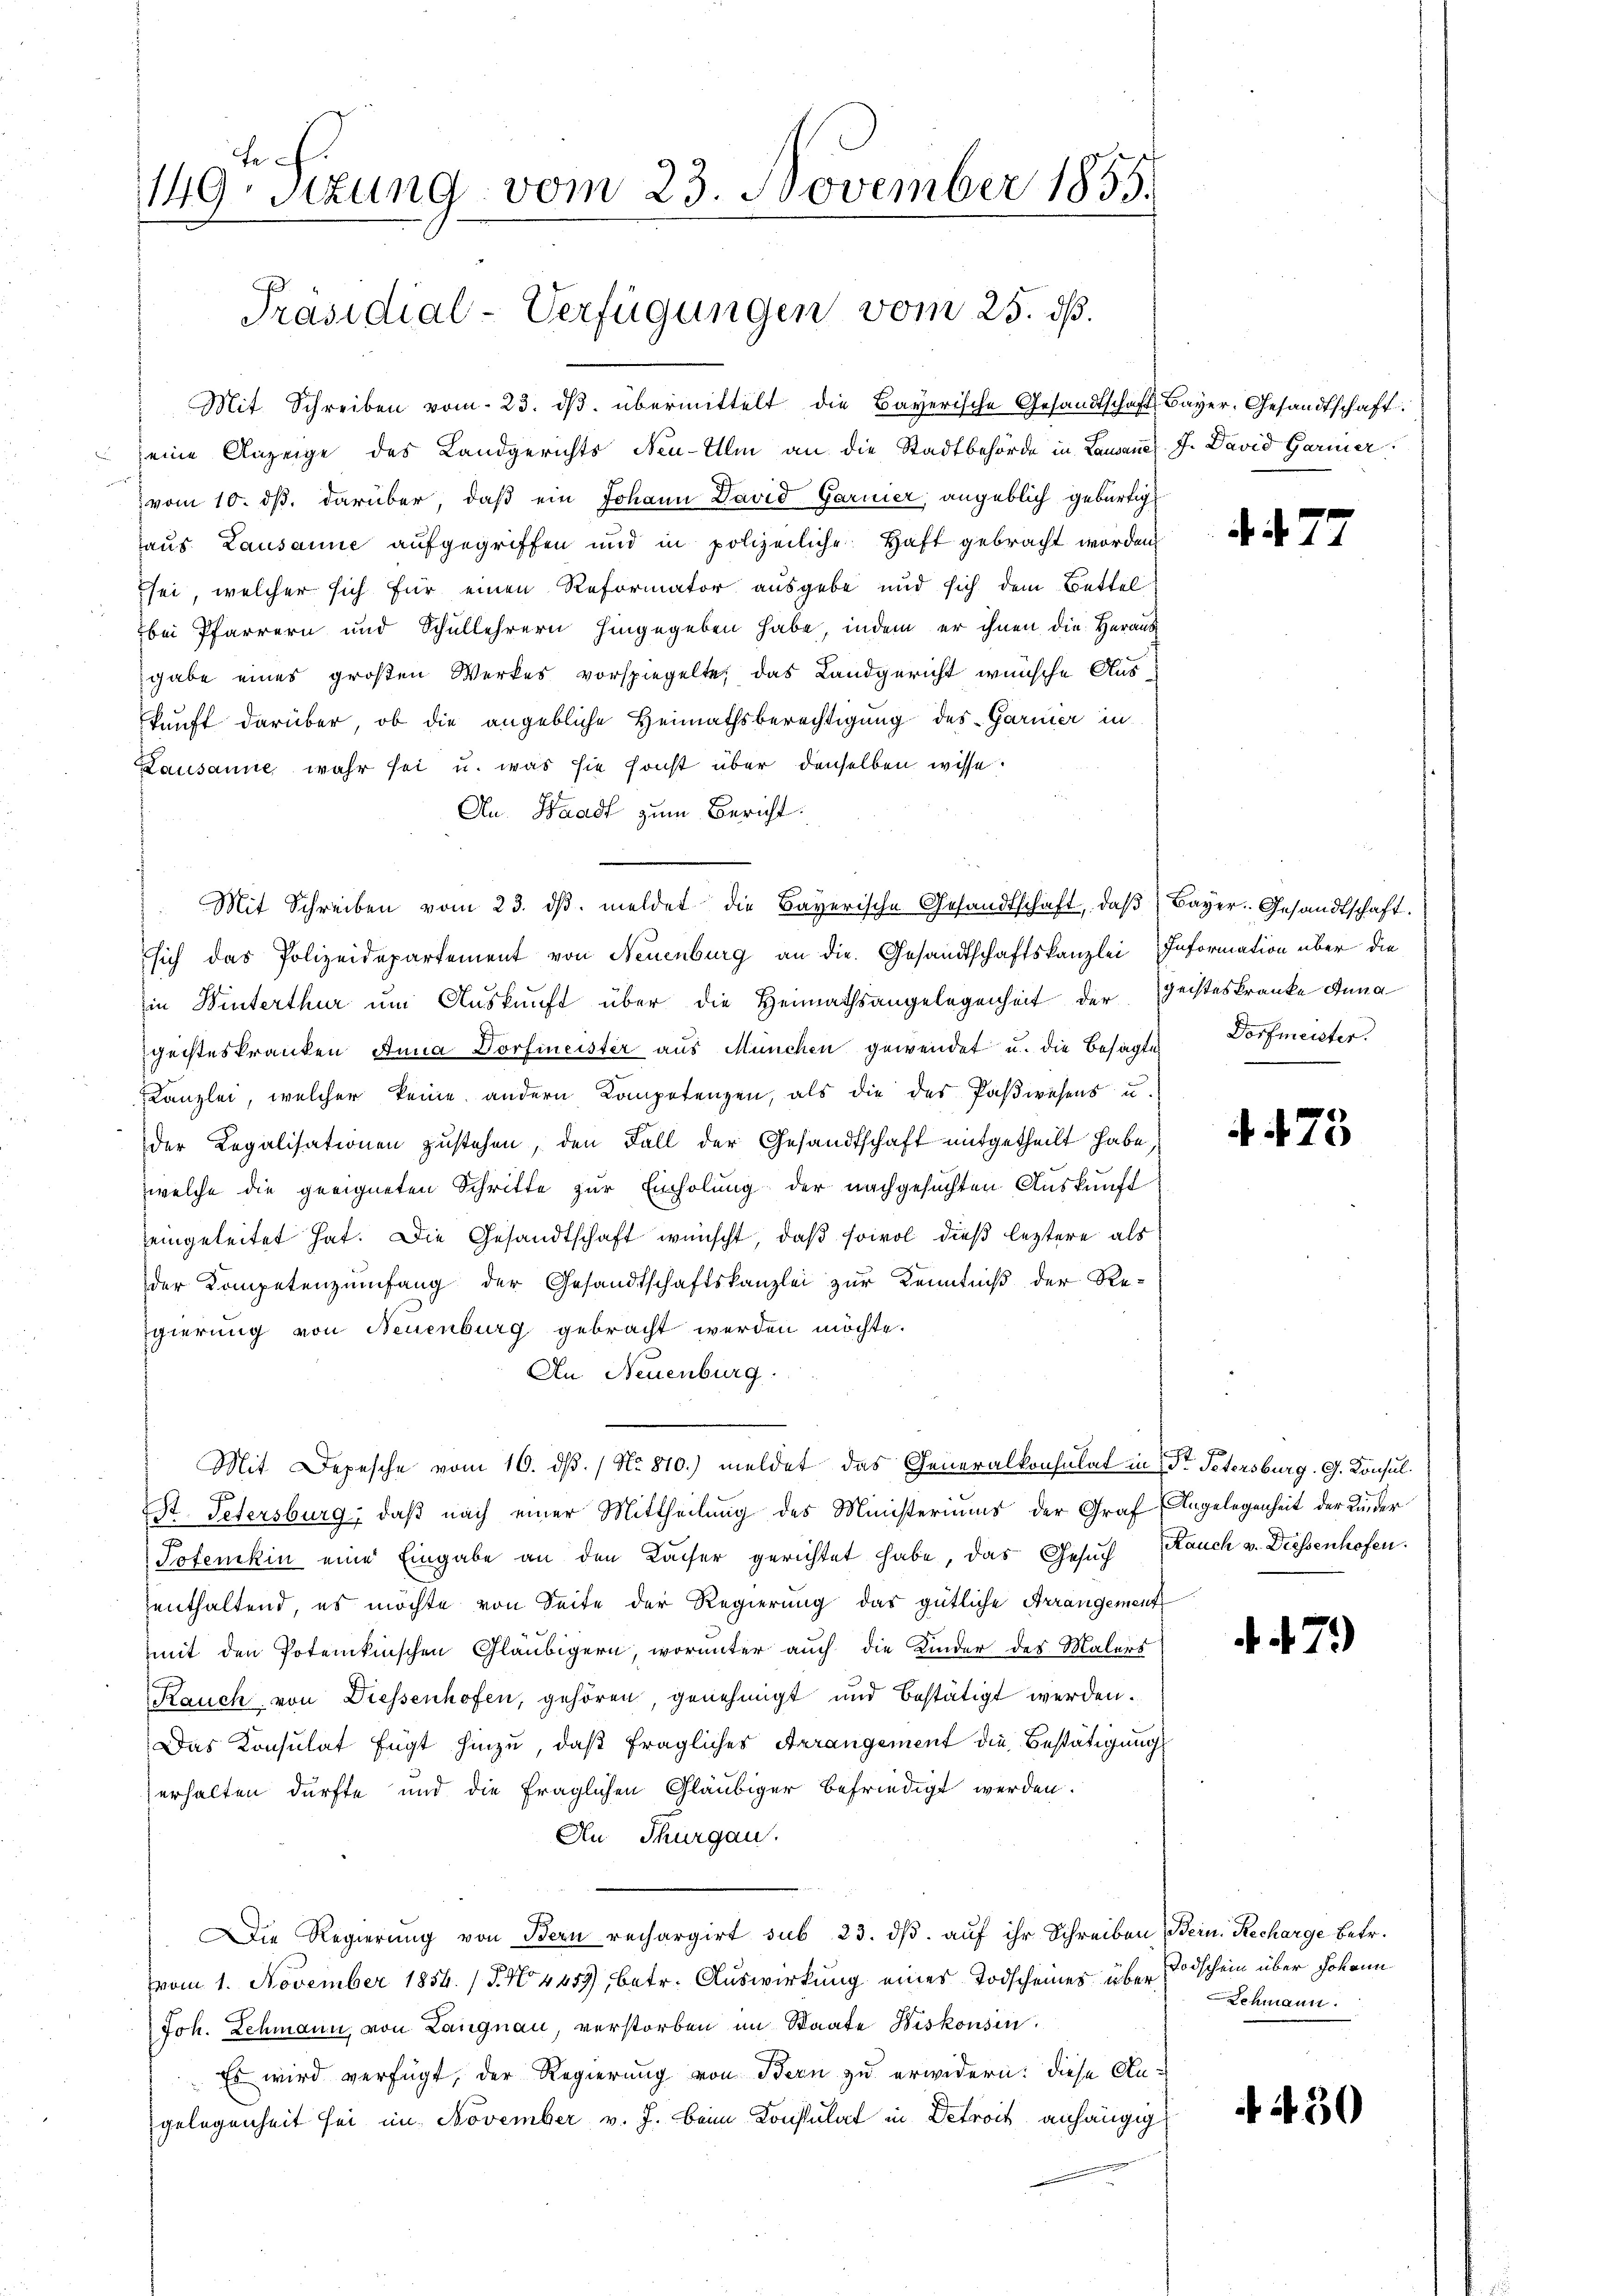
fe
149. Sitzung vom 23. November 1855.

Präsidial-Verfügungen vom 25. dß.

Mit Schreiben vom 23. dβ übermittelt die Bayerische Gesandtschaft Bayer, Gesandtschaft
eine Anzeige des Landgerichts Neu-Ilm an die Stadtbehörde in Lausanes J. David Garmier
vom 10. ds. darüber, daß ein Johann David Garnier, angeblich gebürtig
haus Lausanne aufgegriffen und in polizeiliche Haft gebracht worden
sei, welcher sich für einen Reformator ausgebe und sich dem Bettel
bei Pfarrern und Schullehrern hingegeben habe, indem er ihnen die Heraus
gabe eines großen Werkes vorspiegelte, das Landgericht wünsche Aus
kunft darüber, ob die angebliche Heimathsberechtigung des Garmer in
Lausanne wahr sei u. was sie sonst über denselben wisse.
Au. Waadt zum Bericht:
Mit Schreiben vom 23. dβ. meldet die Bayerische Gesandtschaft, daß Bayer. Gesandtschaft.
sich das Polizeidepartement von Neuenburg an die Gesandtschaftskanzlei Information über die
in Winterthur um Auskunft über die Heimathsangelegenheit der Geisteskranke Anna
geisteskranken Anna Dorfmeister aus München gewendet u. die Besagtes Dorfmeister.
Kanzlei, welcher keine andern Kompetenzen, als die des Paßwesens u.
der Legalisationen zustehen, den Fall der Gesandtschaft mitgetheilt habe,
welche die geeigneten Schritte zur Einholung der nachgesuchten Auskunft
eingeleitet hat. Die Gesandtschaft wünscht, daß sowol dieß leztere als
der Kompetenzumfang der Gesandtschaftskanzlei zur Kenntniß der Regierung von Neuenburg gebracht werden möchte.
An Neuenburg.
Mit Depesche vom 16. dβ. / No. 810.) meldet das Generalkonsulat in Dr. Petersburg. G. Konsul¬
St. Petersburg, daß nach einer Mittheilung des Ministeriums der Graf Angelegenheit der Kinder
Pofenikin eine Eingabe an den Kaiser gerichtet habe, das Gesuch auch v. Diessenhofen.
zenthaltend, es möchte von Seite der Regierung das gütliche Arrangement
mit den Potenkischen Gläubigern, worunter auch die Kinder des Malers
Rauch von Diessenhofen, gehören, genehmigt und bestätigt werden.
Das Konsulat fügt hinzu, daß fragliches Arrangement die Bestätigung
erhalten dürfte und die fraglichen Gläubiger befriedigt werden.
An Thurgau.
Die Regierung von Bern rechargirt sub 23. dβ aŭf ihr Schreiben Bern. Recharge Betr.
vom 1. November 1854. (T.44 459, betr. Auswirkung eines Todscheines über Todschein über Johann
Joh. Lehmann, von Langnau, verstorben im Staate Biskonsen.
Es wird verfügt, der Regierung von Bern zu erwidern: diese Angelegenheit sei im November v. J. beim Konsulat in Detroit anhängig

44. 7

¬

173

d 479

Schmann.

430